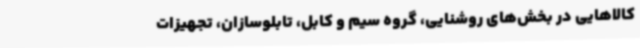
کالاهایی در بخش‌های روشنایی، گروه سیم و کابل، تابلوسازان، تجهیزات